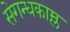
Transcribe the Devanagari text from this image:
सेगन्धकाम्ल